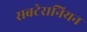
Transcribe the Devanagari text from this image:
सबटेरानियन